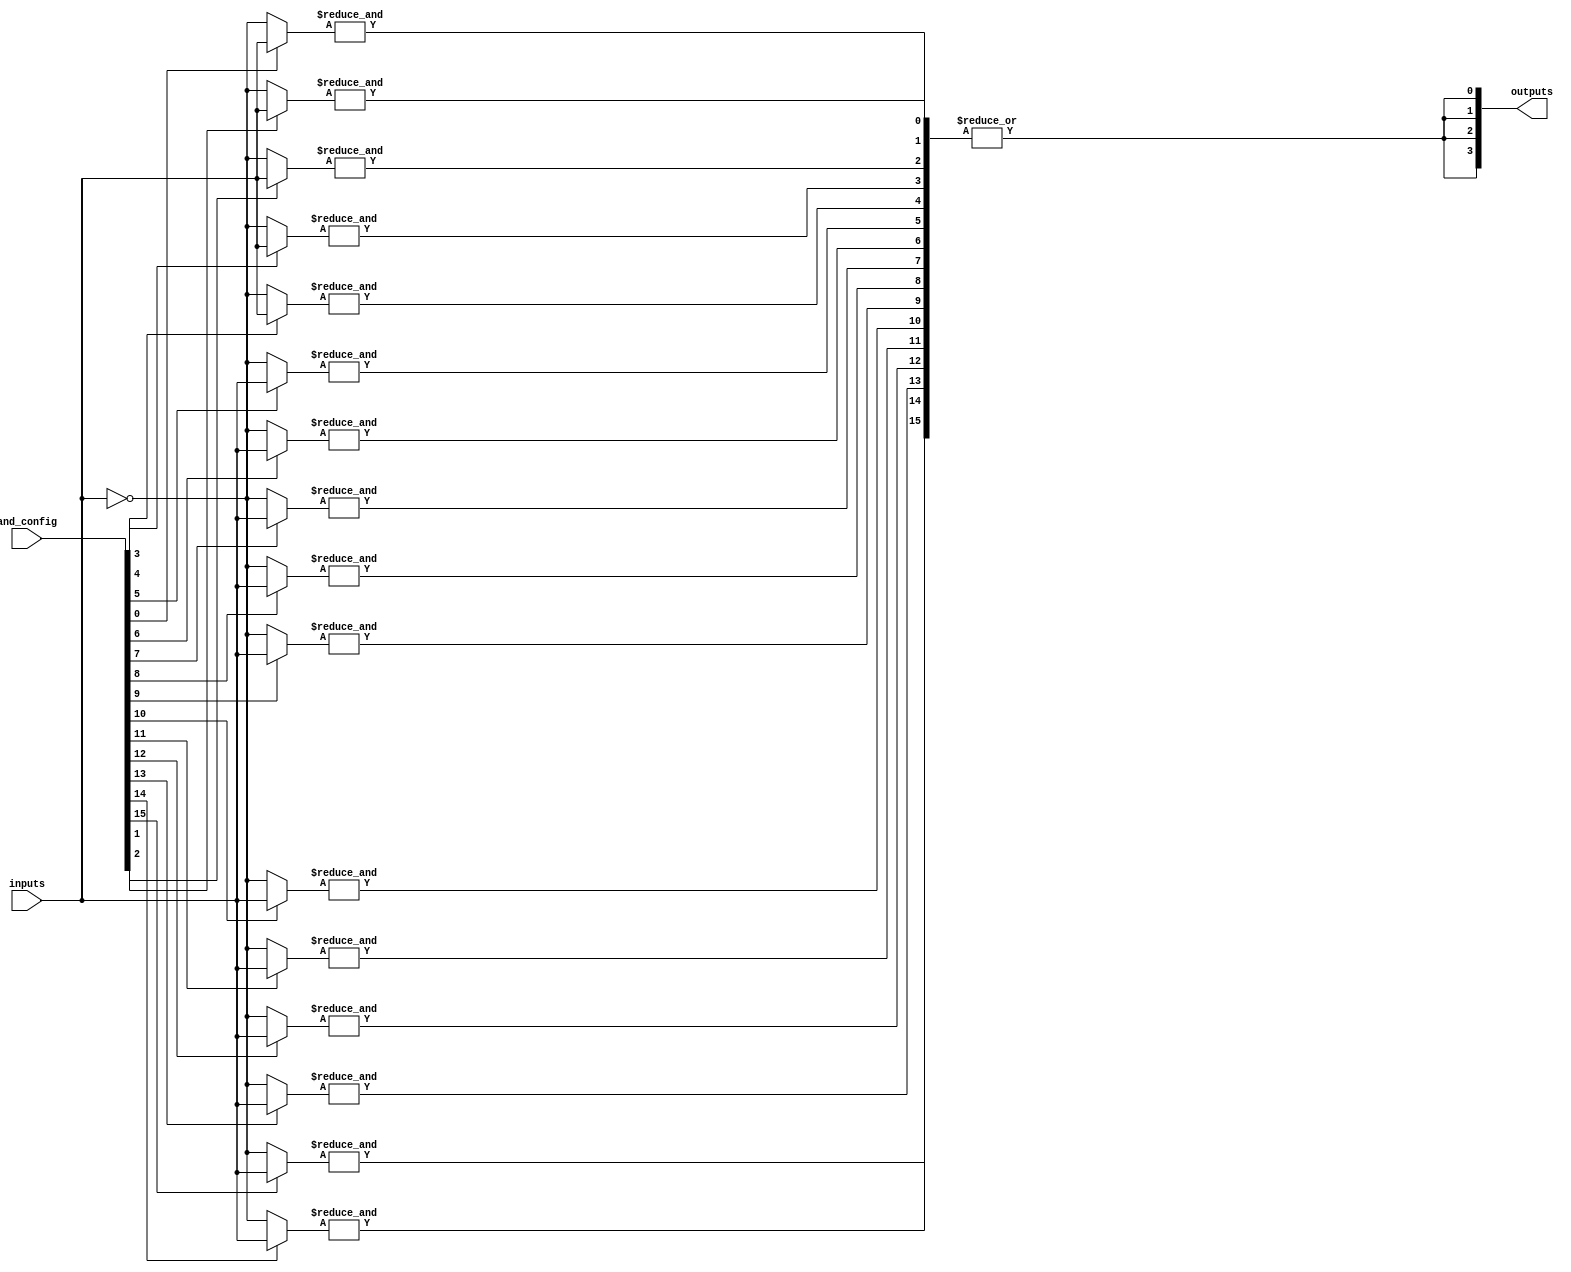
module hs_pal #(
    parameter NUM_INPUTS = 8,  // Number of inputs
    parameter NUM_AND_GATES = 16, // Number of programmable AND gates
    parameter NUM_OR_GATES = 4   // Number of fixed OR gates
)(
    input wire [NUM_INPUTS-1:0] inputs,  // Input signals
    input wire [NUM_AND_GATES-1:0] and_config, // Configuration for AND gates
    output wire [NUM_OR_GATES-1:0] outputs // Output signals
);

// Internal wire declarations
wire [NUM_AND_GATES-1:0] and_outputs;

// Programmable AND array
genvar i, j;
generate
    for (i = 0; i < NUM_AND_GATES; i = i + 1) begin : and_gate
        wire [NUM_INPUTS-1:0] and_inputs;
        assign and_inputs = and_config[i] ? inputs : ~inputs; // Use configuration to select input
        assign and_outputs[i] = &and_inputs; // AND operation
    end
endgenerate

// Fixed OR array
generate
    for (j = 0; j < NUM_OR_GATES; j = j + 1) begin : or_gate
        wire [NUM_AND_GATES-1:0] or_inputs;
        // Connect specific AND outputs to each OR gate
        assign or_inputs = and_outputs; // Connect all AND outputs to OR gates
        assign outputs[j] = |or_inputs; // OR operation
    end
endgenerate

endmodule